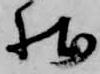
状